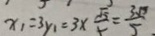
x _ { 1 } = 3 y _ { 1 } = 3 \times \frac { \sqrt { 5 } } { 5 } = \frac { 3 \sqrt { 5 } } { 5 }